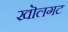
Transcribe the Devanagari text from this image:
खॊलगट